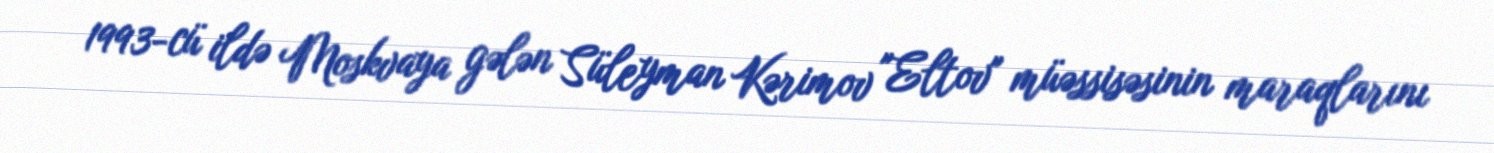
1993-cü ildə Moskvaya gələn Süleyman Kərimov "Eltov" müəssisəsinin maraqlarını